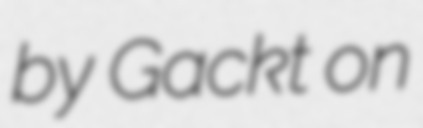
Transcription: by Gackt on